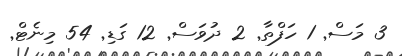
3 މަސް